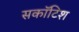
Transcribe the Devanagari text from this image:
सकॉटिश